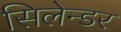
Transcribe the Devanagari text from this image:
सिलेन्डर